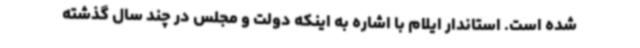
شده است. استاندار ایلام با اشاره به اینکه دولت و مجلس در چند سال گذشته